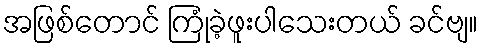
အဖြစ်တောင် ကြုံခဲ့ဖူးပါသေးတယ် ခင်ဗျ။